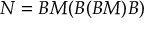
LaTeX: N = B M ( B ( B M ) B )